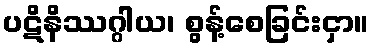
ပဋိနိဿဂ္ဂါယ၊ စွန့်စေခြင်းငှာ။